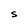
Character: S